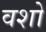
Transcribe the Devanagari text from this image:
वशो